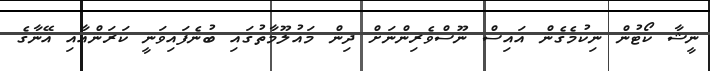
ނީޝާ ކޯޓުން ނިކުމެގެން އައިސް ނޫސްވެރިންނަށް ދިން މައުލޫމާތުގައި ބުނެފައިވަނީ ކަރަންއާއި އޭނާގެ